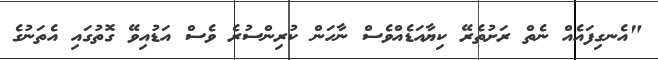
"އެނގިފައެއް ނެތް ރަށުތެރޭ ކިޔާއަޑެއްވެސް ނާހަން ކުރިންސުރެ ވެސް އަޑުއިވޭ ގޮތުގައި އެތަނުގެ